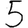
Digit: 5